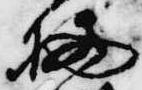
栖